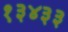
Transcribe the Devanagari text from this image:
१३४३३